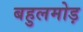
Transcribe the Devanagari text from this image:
बहुलमोड़